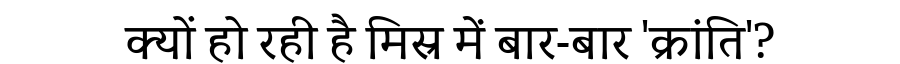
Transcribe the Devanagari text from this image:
क्यों हो रही है मिस्र में बार-बार 'क्रांति'?